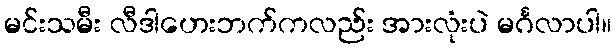
မင်းသမီး လီဒါဟေးဘက်ကလည်း အားလုံးပဲ မင်္ဂလာပါ။